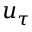
u _ { \tau }